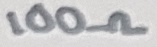
Text: 100Ω